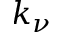
k _ { \nu }